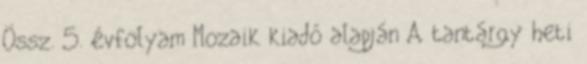
Össz. 5. évfolyam Mozaik kiadó alapján A tantárgy heti